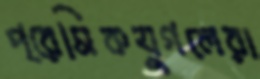
প্রেমিকযুগলেরা